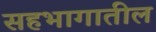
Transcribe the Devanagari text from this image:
सहभागातील